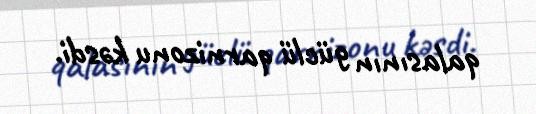
qalasının güclü qarnizonu kəsdi.